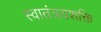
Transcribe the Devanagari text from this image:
स्वातंत्रयशक्ति